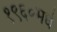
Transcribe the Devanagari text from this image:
१९६०मधे